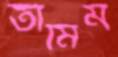
তামিম